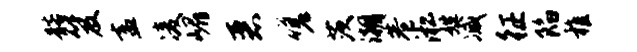
髂笈盍凌嵋恶嗟茨潮巷淞姓减征陷稚